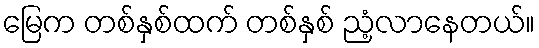
မြေက တစ်နှစ်ထက် တစ်နှစ် ညံ့လာနေတယ်။